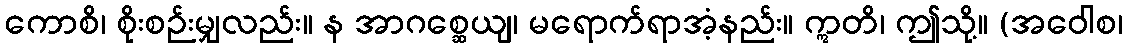
ကောစိ၊ စိုးစဉ်းမျှလည်း။ န အာဂစ္ဆေယျ၊ မရောက်ရာအံ့နည်း။ ဣတိ၊ ဤသို့။ (အဝေါစ၊